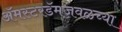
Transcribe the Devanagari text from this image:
ॲमस्टरडॅमजवळच्या